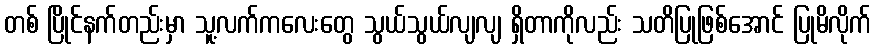
တစ် ပြိုင်နက်တည်းမှာ သူ့လက်ကလေးတွေ သွယ်သွယ်လျလျ ရှိတာကိုလည်း သတိပြုဖြစ်အောင် ပြုမိလိုက်